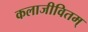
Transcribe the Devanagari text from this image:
कलाजीवितम्